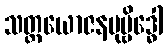
သတ္တယောဇနမုဗ္ဗိဒ္ဓေါ